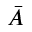
\bar { A }